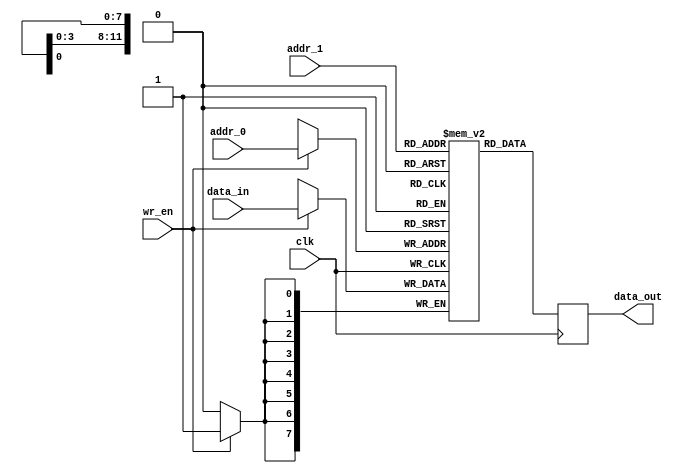
`timescale 1ns / 1ps

module simple_dpr(clk,wr_en,addr_0,addr_1,data_in,data_out);
input clk,wr_en;
input [11:0]addr_0,addr_1;
input [7:0]data_in;
output reg [7:0]data_out;

reg [7:0] ram [4095:0];

always@(posedge clk) begin //Write
if (wr_en)
ram[addr_0] <= data_in;
end

always@(posedge clk) begin //Read
data_out <= ram[addr_1];
end

endmodule